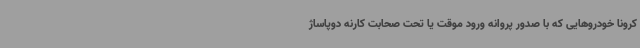
کرونا خودروهایی که با صدور پروانه ورود موقت یا تحت صحابت کارنه دوپاساژ